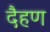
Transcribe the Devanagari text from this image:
दैहण